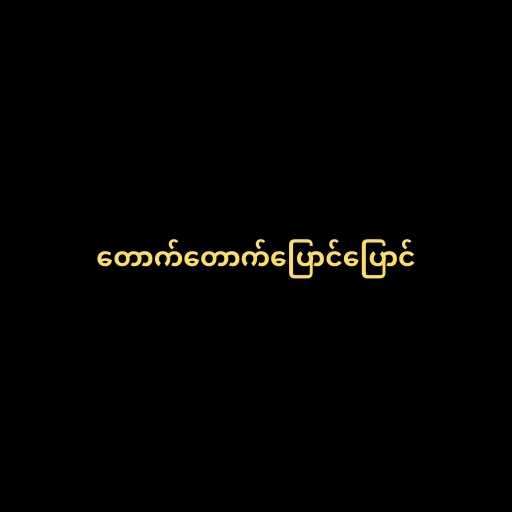
တောက်တောက်ပြောင်ပြောင်